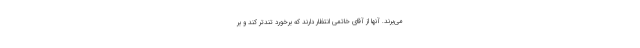
مى‌برند. آنها از آقاى خاتمى انتظار دارند كه برخورد تندتر كند و بر